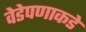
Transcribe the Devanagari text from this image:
वेडेपणाकडे